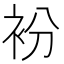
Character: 衯